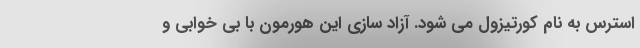
استرس به نام کورتیزول می شود. آزاد سازی این هورمون با بی خوابی و